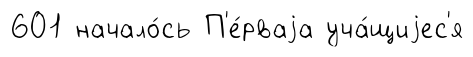
601 начало́сь П'е́рваjа уча́щиjес'я